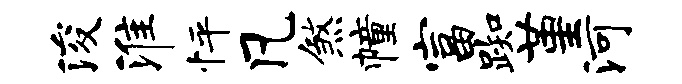
浚淮怦凡煞幢富踟堇河